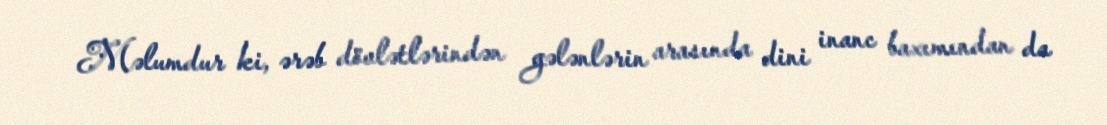
Məlumdur ki, ərəb dövlətlərindən gələnlərin arasında dini inanc baxımından da